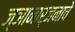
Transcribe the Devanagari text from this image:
ज्ञानार्जनाचे